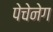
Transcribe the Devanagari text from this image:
पेचेनेग